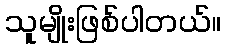
သူမျိုးဖြစ်ပါတယ်။